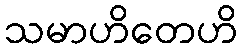
သမာဟိတေဟိ